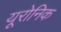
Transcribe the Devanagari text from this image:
यूरोनिक